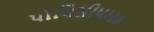
પૉલિસીધારક